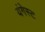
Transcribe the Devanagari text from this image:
यंगेस्ट